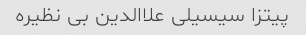
پیتزا سیسیلی علاالدین بی نظیره